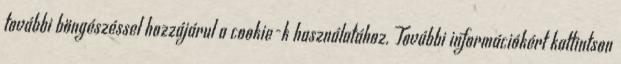
további böngészéssel hozzájárul a cookie-k használatához. További információkért kattintson